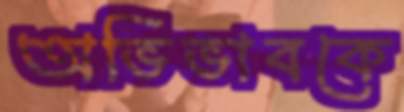
অভিভাবকে